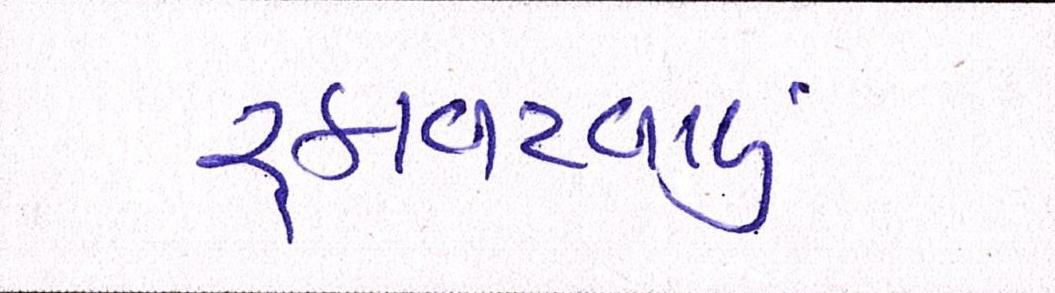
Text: રૃકાવટવાળું